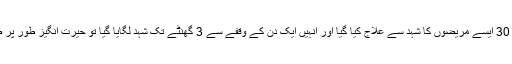
امریکی میگزین میں شائع ہونے والی تحقیق کے مطابق 30 ایسے مریضوں کا شہد سے علاج کیا گیا اور انہیں ایک دن کے وقفے سے 3 گھنٹے تک شہد لگایا گیا تو حیرت انگیز طور پر صرف ایک ہفتے میں وہ اس بیماری سے نجات پا گئے۔